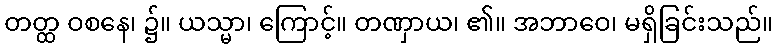
တတ္ထ ဝစနေ၊ ၌။ ယသ္မာ၊ ကြောင့်။ တဏှာယ၊ ၏။ အဘာဝေ၊ မရှိခြင်းသည်။